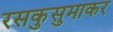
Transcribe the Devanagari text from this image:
रसकुसुमाकर